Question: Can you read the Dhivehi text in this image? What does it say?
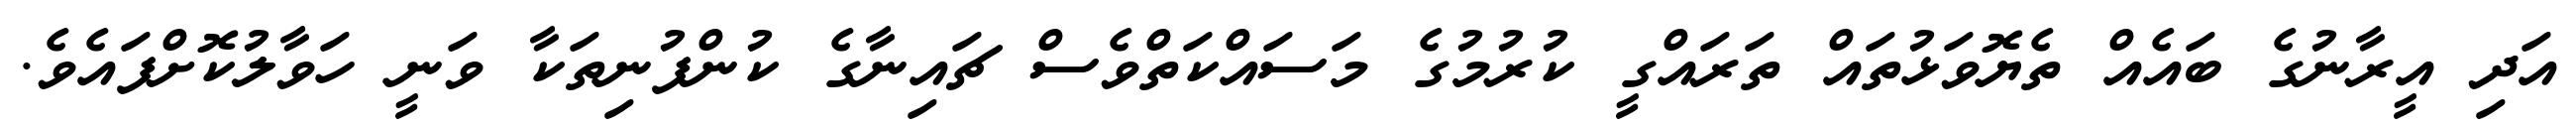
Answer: އަދި އީރާނުގެ ބައެއް ތެޔޮވަޅުތައް ތަރައްގީ ކުރުމުގެ މަސައްކަތްވެސް ޗައިނާގެ ކުންފުނިތަކާ ވަނީ ހަވާލުކޮށްފައެވެ.